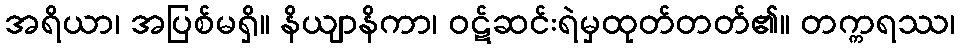
အရိယာ၊ အပြစ်မရှိ။ နိယျာနိကာ၊ ဝဋ်ဆင်းရဲမှထုတ်တတ်၏။ တက္ကရဿ၊